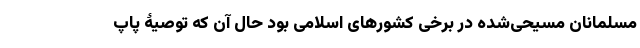
مسلمانان مسیحی‌شده در برخی کشورهای اسلامی بود حال آن که توصیۀ پاپ